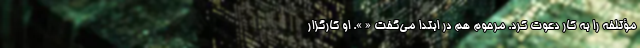
مؤتلفه را به کار دعوت کرد. مرحوم هم در ابتدا می‌گفت « ». او کارگزار